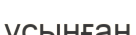
ұсыңған